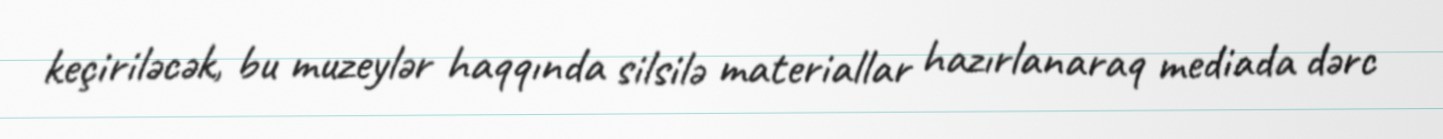
keçiriləcək, bu muzeylər haqqında silsilə materiallar hazırlanaraq mediada dərc